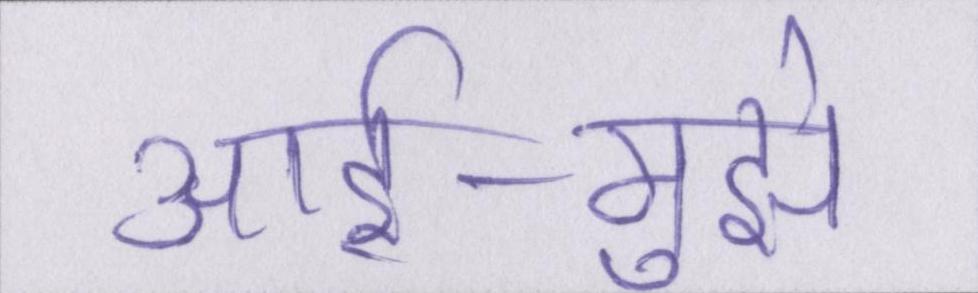
आर्इ-मुझे